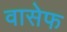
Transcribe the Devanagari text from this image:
वासेफ